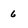
Character: 6